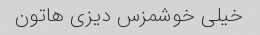
خیلی خوشمزس دیزی هاتون